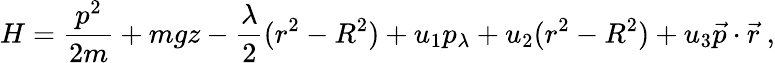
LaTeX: H={\frac{p^{2}}{2m}}+mgz-{\frac{\lambda}{2}}(r^{2}-R^{2})+u_{1}p_{\lambda}+u_{2}(r^{2}-R^{2})+u_{3}{\vec{p}}\cdot{\vec{r}}~,